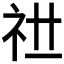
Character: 𥘠